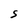
Character: S